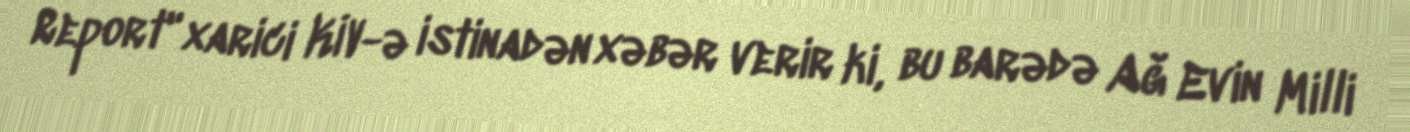
Report" xarici KİV-ə istinadən xəbər verir ki, bu barədə Ağ Evin Milli